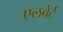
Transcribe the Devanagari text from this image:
एलबेर्ट